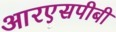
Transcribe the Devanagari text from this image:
आरएसपीबी